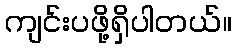
ကျင်းပဖို့ရှိပါတယ်။